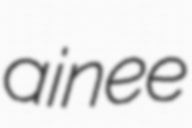
ainee